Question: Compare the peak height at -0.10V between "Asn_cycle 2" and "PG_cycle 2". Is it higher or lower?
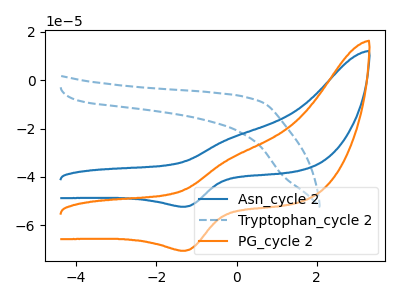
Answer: <think>The blue curve "Asn_cycle 2" has an anodic peak at (-0.10V, -23.75uA) and a cathodic peak at (-1.25V, -52.30uA). The blue dashed curve "Tryptophan_cycle 2" has no peaks. The orange curve "PG_cycle 2" has an anodic peak at (-0.10V, -31.95uA) and a cathodic peak at (-1.25V, -70.50uA).</think>
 <answer>The peak at -0.10V is higher in "Asn_cycle 2" than in "PG_cycle 2".</answer>
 <eval>higher</eval>